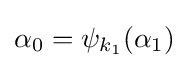
\alpha _{0}=\psi _{k_{1}}(\alpha _{1})